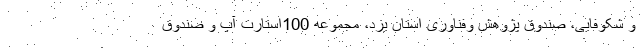
و شکوفایی، صندوق پژوهش وفناوری استان یزد، مجموعه 100استارت آپ و صندوق